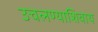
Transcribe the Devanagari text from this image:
उचलण्याशिवाय